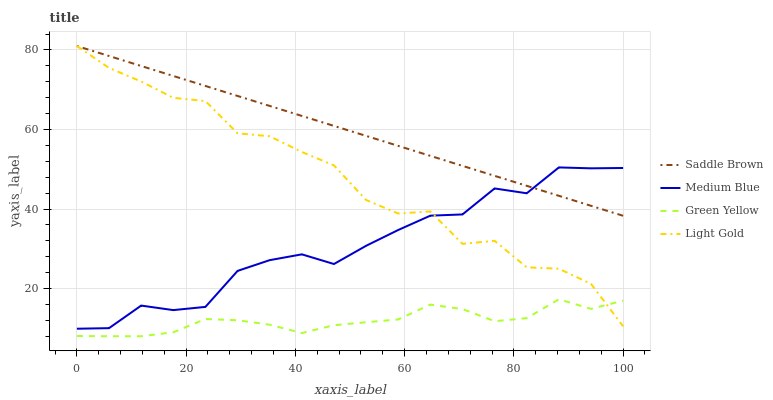
| xaxis_label | Saddle Brown | Medium Blue | Green Yellow | Light Gold |
 | --- | --- | --- | --- | --- |
 | 0 | 81 | 9.89 | 8.06 | 81 |
 | 5.88 | 78.5 | 10 | 8 | 75.5 |
 | 11.8 | 76 | 15.7 | 8 | 72.1 |
 | 17.6 | 73.5 | 14.6 | 9 | 68 |
 | 23.5 | 71 | 15.4 | 12.3 | 67.2 |
 | 29.4 | 68.4 | 24.4 | 12 | 59 |
 | 35.3 | 65.9 | 27.1 | 10.9 | 58.3 |
 | 41.2 | 63.4 | 28.6 | 8.8 | 54.4 |
 | 47.1 | 60.9 | 26.2 | 10.8 | 51 |
 | 52.9 | 58.4 | 30.7 | 11.5 | 42.3 |
 | 58.8 | 55.9 | 34.7 | 12.2 | 38.9 |
 | 64.7 | 53.4 | 38.3 | 16 | 39.4 |
 | 70.6 | 50.9 | 38.6 | 14.8 | 31.2 |
 | 76.5 | 48.3 | 45.2 | 11.8 | 32 |
 | 82.4 | 45.8 | 44 | 12.5 | 25.3 |
 | 88.2 | 43.3 | 50.5 | 17.3 | 25 |
 | 94.1 | 40.8 | 50.2 | 14.9 | 21.2 |
 | 100 | 38.3 | 50.3 | 17 | 10.5 |